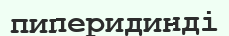
пиперидинді